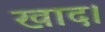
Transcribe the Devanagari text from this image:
खाद।